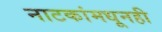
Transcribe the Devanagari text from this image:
नाटकांमधूनही